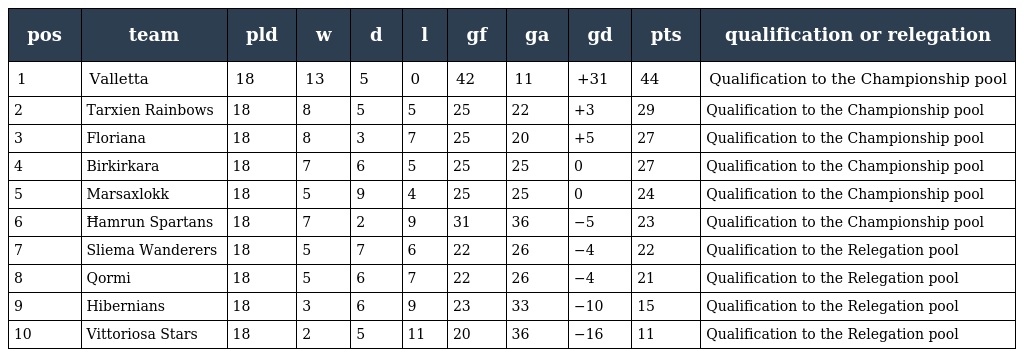
| pos | team | pld | w | d | l | gf | ga | gd | pts | qualification or relegation |
 | --- | --- | --- | --- | --- | --- | --- | --- | --- | --- | --- |
 | 1 | Valletta | 18 | 13 | 5 | 0 | 42 | 11 | +31 | 44 | Qualification to the Championship pool |
 | 2 | Tarxien Rainbows | 18 | 8 | 5 | 5 | 25 | 22 | +3 | 29 | Qualification to the Championship pool |
 | 3 | Floriana | 18 | 8 | 3 | 7 | 25 | 20 | +5 | 27 | Qualification to the Championship pool |
 | 4 | Birkirkara | 18 | 7 | 6 | 5 | 25 | 25 | 0 | 27 | Qualification to the Championship pool |
 | 5 | Marsaxlokk | 18 | 5 | 9 | 4 | 25 | 25 | 0 | 24 | Qualification to the Championship pool |
 | 6 | Ħamrun Spartans | 18 | 7 | 2 | 9 | 31 | 36 | −5 | 23 | Qualification to the Championship pool |
 | 7 | Sliema Wanderers | 18 | 5 | 7 | 6 | 22 | 26 | −4 | 22 | Qualification to the Relegation pool |
 | 8 | Qormi | 18 | 5 | 6 | 7 | 22 | 26 | −4 | 21 | Qualification to the Relegation pool |
 | 9 | Hibernians | 18 | 3 | 6 | 9 | 23 | 33 | −10 | 15 | Qualification to the Relegation pool |
 | 10 | Vittoriosa Stars | 18 | 2 | 5 | 11 | 20 | 36 | −16 | 11 | Qualification to the Relegation pool |